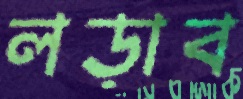
লড়াব